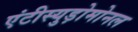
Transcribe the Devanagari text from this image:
एंटीस्युड़ोमोनल